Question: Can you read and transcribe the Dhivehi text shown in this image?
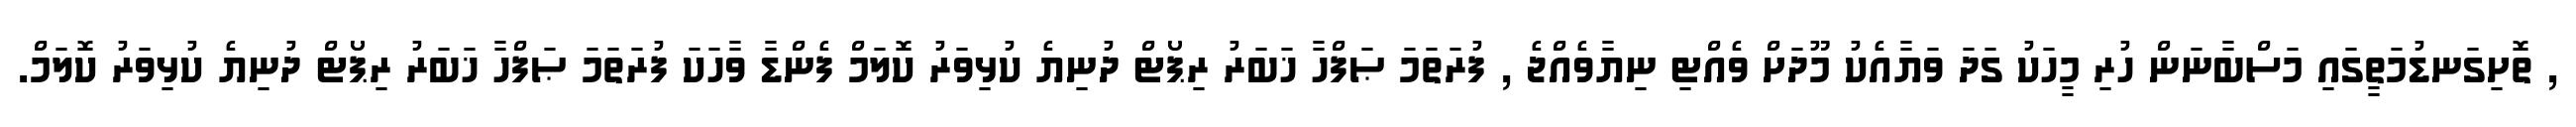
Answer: , ތޮށިގަނޑުމަތީގައި މަސްބާނަން ހުރި މީހަކު ގަދަ ވަޔާއެކު މޫދަށް ވެއްޓި ނިޔާވެއްޖެ , ފުރަތަމަ ޞަފްހާ ޚަބަރު ރިޕޯޓް ދުނިޔެ ކުޅިވަރު ކޮލަމް ފެންޑާ ވާހަކަ ފުރަތަމަ ޞަފްހާ ޚަބަރު ރިޕޯޓް ދުނިޔެ ކުޅިވަރު ކޮލަމް.